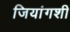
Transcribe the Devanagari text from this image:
जियांगशी